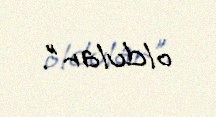
oldular".